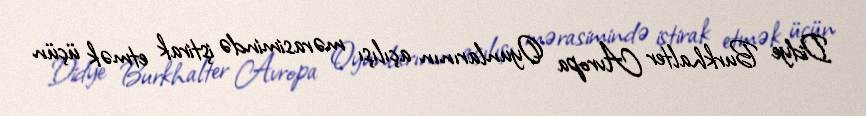
Didye Burkhalter Avropa Oyunlarının açılışı mərasimində iştirak etmək üçün